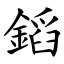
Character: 䤾